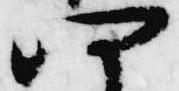
四